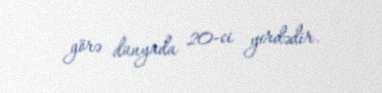
görə dünyada 20-ci yerdədir.